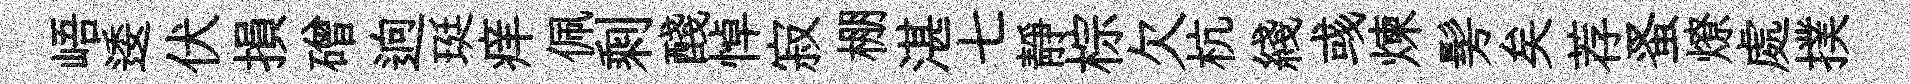
峿逶伏損磳逈珽痒佩剩醆悼寂棚湛七靜棕欠杭綫彧煉髣矣荐蚤燎處撲